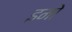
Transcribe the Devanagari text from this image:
इमो